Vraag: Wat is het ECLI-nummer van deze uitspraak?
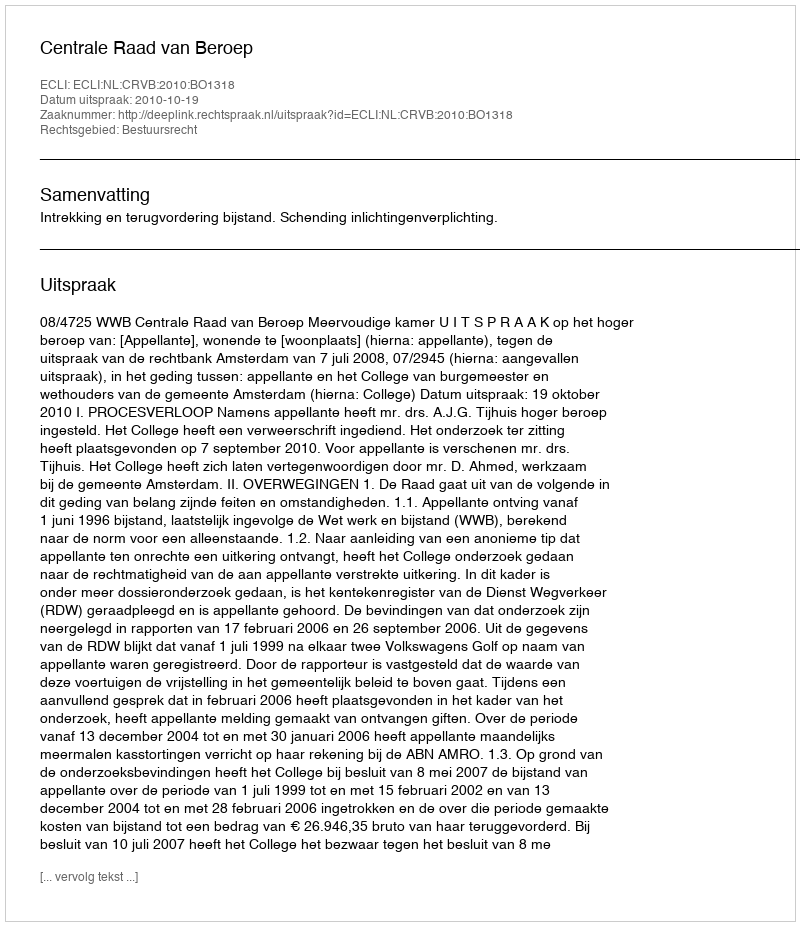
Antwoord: ECLI:NL:CRVB:2010:BO1318